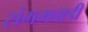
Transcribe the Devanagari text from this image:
संगमवाडी